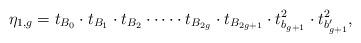
LaTeX: \begin{align*}\eta_{1,g} = t_{B_0} \cdot t_{B_1} \cdot t_{B_2}\cdot \cdots \cdot t_{B_{2g}} \cdot t_{B_{2g+1}} \cdot t_{b_{g+1}}^2 \cdot t_{b_{g+1}'}^2 ,\end{align*}